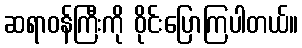
ဆရာဝန်ကြီးကို ဝိုင်းပြောကြပါတယ်။